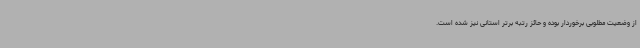
از وضعیت مطلوبی برخوردار بوده و حائز رتبه برتر استانی نیز شده است.